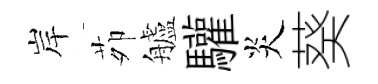
岸茆艫驩炎葵